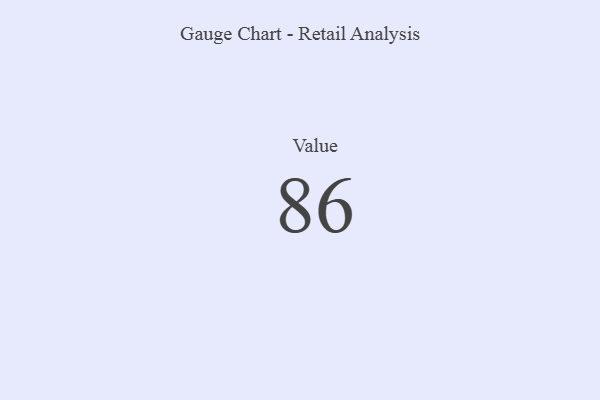
{"axis": {"x": "Metric", "y": "Value"}, "legend": [""], "data": [{"x": "Value", "y": 86, "type": ""}]}